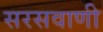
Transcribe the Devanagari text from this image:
सरसवाणी